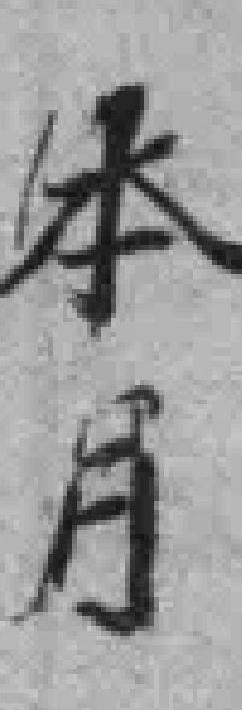
本月